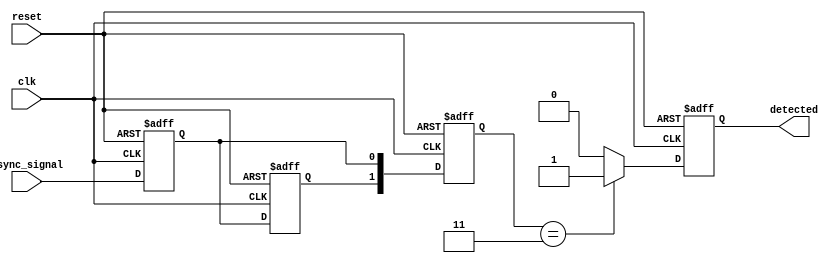
module dual_ff_detector (
    input wire clk,                 // Clock signal
    input wire reset,               // Reset signal
    input wire async_signal,        // Asynchronous input signal
    output reg detected             // Output signal indicating detection of the pattern
);

    // Parameters
    parameter PATTERN = 2'b11;      // Define the pattern to detect (example: '11')
    
    // Internal signals
    reg ff1, ff2;                   // Dual flip-flops for synchronization
    reg [1:0] memory;               // Memory block to store the last two samples

    // Dual flip-flop synchronization
    always @(posedge clk or posedge reset) begin
        if (reset) begin
            ff1 <= 1'b0;
            ff2 <= 1'b0;
        end else begin
            ff1 <= async_signal;     // Sample the async signal in ff1
            ff2 <= ff1;              // Sample the synced ff1 signal in ff2
        end
    end

    // Memory block to store the last two samples
    always @(posedge clk or posedge reset) begin
        if (reset) begin
            memory <= 2'b00;         // Reset memory
        end else begin
            memory <= {ff2, ff1};    // Store the latest ff1 and ff2 values
        end
    end

    // Detection logic
    always @(posedge clk or posedge reset) begin
        if (reset) begin
            detected <= 1'b0;        // Reset detected signal
        end else begin
            // Compare memory with the predefined pattern
            if (memory == PATTERN) begin
                detected <= 1'b1;     // Pattern detected
            end else begin
                detected <= 1'b0;     // Pattern not detected
            end
        end
    end

endmodule